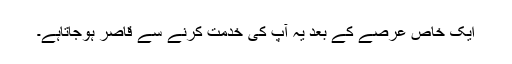
ایک خاص عرصے کے بعد یہ آپ کی خدمت کرنے سے قاصر ہوجاتاہے۔